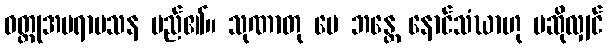
ဝတ္ထုအပရာမသန မည်၏။ သုဏာတု မေ ဘန္တေ နောင်သံဃာဟု မဆိုလျှင်